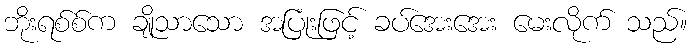
ဘိုးရစ်စ်က ချိုသာသော အပြုံးဖြင့် ခပ်အေးအေး မေးလိုက် သည်။